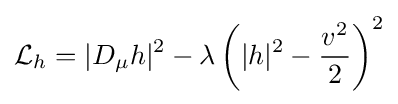
{\mathcal {L}}_{h}=|D_{\mu }h|^{2}-\lambda \left(|h|^{2}-{\frac {v^{2}}{2}}\right)^{2}\,\!